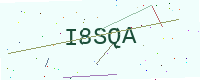
Text: I8SQA